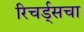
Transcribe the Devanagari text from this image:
रिचर्ड्सचा